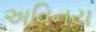
અવિનય